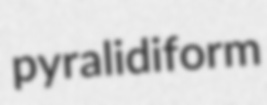
pyralidiform